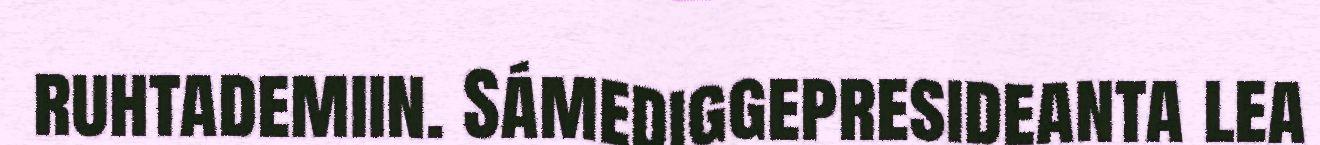
ruhtademiin. Sámediggepresideanta lea